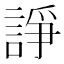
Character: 諍